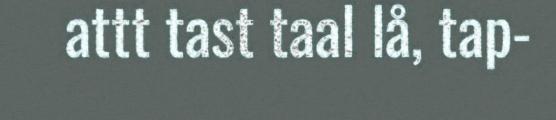
attt tast taal lå, tap-